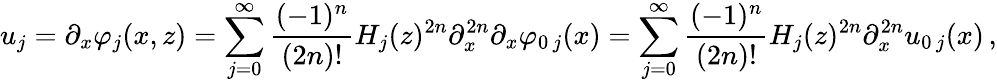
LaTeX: u_{j}=\partial_{x}\varphi_{j}(x,z)=\sum_{j=0}^{\infty}\frac{(-1)^{n}}{(2n)!}H_{j}(z)^{2n}\partial_{x}^{2n}\partial_{x}\varphi_{0\, j}(x)=\sum_{j=0}^{\infty}\frac{(-1)^{n}}{(2n)!}H_{j}(z)^{2n}\partial_{x}^{2n}u_{0\, j}(x)\, ,